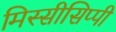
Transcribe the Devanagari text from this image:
मिस्सीसिप्पी